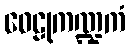
ဝေဠုကဏ္ဍကံ